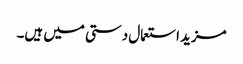
مزید استعمال دستی میں ہیں۔